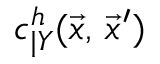
c _ { \vert Y } ^ { h } ( \vec { x } , \, \vec { x } ^ { \prime } )